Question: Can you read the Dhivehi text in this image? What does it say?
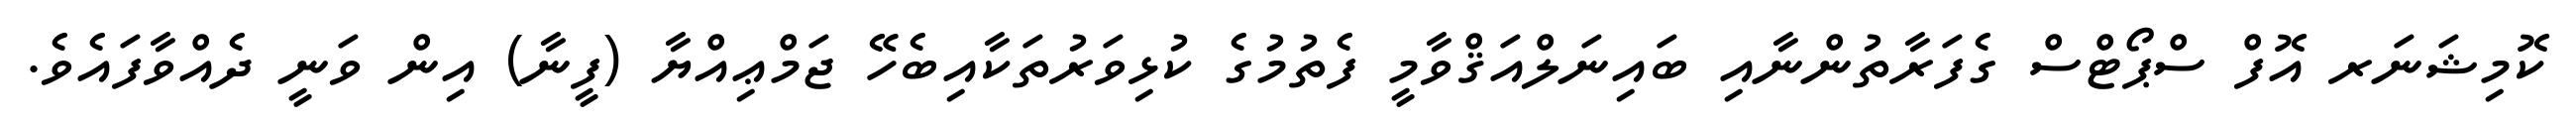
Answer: ކޮމިޝަނަރ އޮފް ސްޕޯޓްސް ގެފަރާތުންނާއި ބައިނަލްއަޤްވާމީ ފެތުމުގެ ކުޅިވަރުތަކާއިބެހޭ ޖަމްޢިއްޔާ (ފީނާ) އިން ވަނީ ދެއްވާފައެވެ.